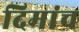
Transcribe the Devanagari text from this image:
दिमांच